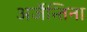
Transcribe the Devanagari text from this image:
अर्जेन्तिना